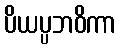
ပိယပ္ပဘဝိကာ